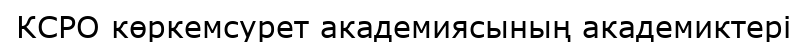
КСРО көркемсурет академиясының академиктері